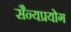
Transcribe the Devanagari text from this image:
सैन्यप्रयोग